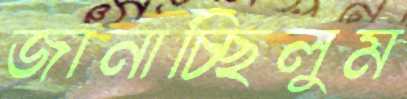
জানাচ্ছিলুম